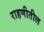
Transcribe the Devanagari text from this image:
राहणीतील